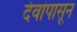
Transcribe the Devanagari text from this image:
देवांपासून